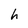
Character: h